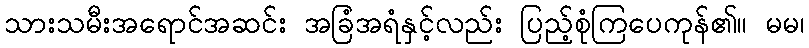
သားသမီးအရောင်အဆင်း အခြံအရံနှင့်လည်း ပြည့်စုံကြပေကုန်၏။ မမ၊